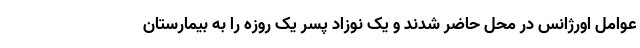
عوامل اورژانس در محل حاضر شدند و یک نوزاد پسر یک روزه را به بیمارستان